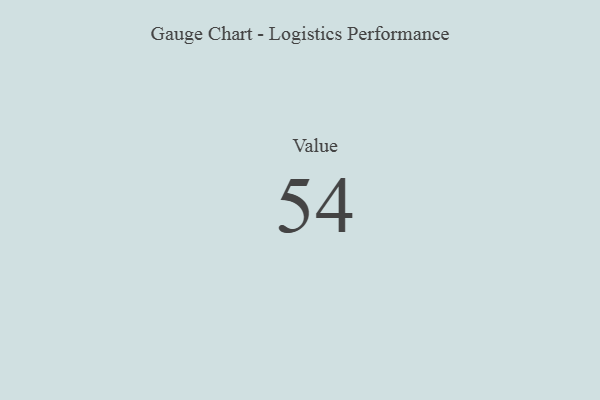
{"axis": {"x": "Metric", "y": "Value"}, "legend": [""], "data": [{"x": "Value", "y": 54, "type": ""}]}